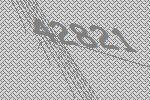
42821